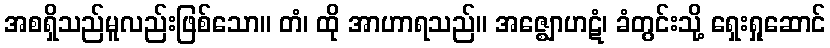
အစရှိသည်မူလည်းဖြစ်သော။ တံ၊ ထို အာဟာရသည်။ အဇ္ဈောဟဋံ၊ ခံတွင်းသို့ ရှေးရှုဆောင်